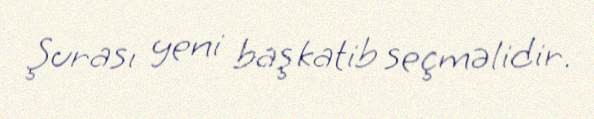
Şurası yeni baş katib seçməlidir.